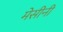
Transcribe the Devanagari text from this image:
मेसीनी